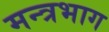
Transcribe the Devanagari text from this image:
मन्त्रभाग